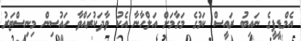
އެމްޑީޕީގެ ނައިބު ރައީސް ކަމުގެ މަގާމަށް އަލްހާނާ އެކު ވާދަކުރައްވާ ހައުސިން މިނިސްޓަރު